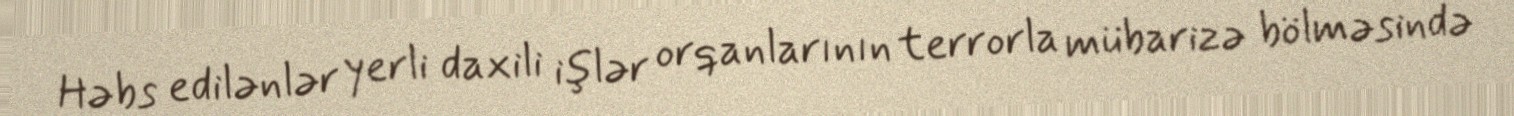
Həbs edilənlər yerli daxili işlər orqanlarının terrorla mübarizə bölməsində